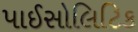
પાઈસોલિટિક